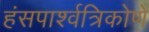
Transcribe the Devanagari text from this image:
हंसपार्श्वत्रिकोणे